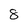
Character: 8